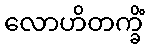
လောဟိတက္ခိံ